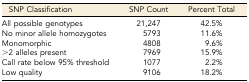
| SNP Classification | SNP Count | Percent Total |
 | --- | --- | --- |
 | All possible genotypes | 21,247 | 42.5% |
 | No minor allele homozygotes | 5793 | 11.6% |
 | Monomorphic | 4808 | 9.6% |
 | >2 alleles present | 7969 | 15.9% |
 | Call rate below 95% threshold | 1077 | 2.2% |
 | Low quality | 9106 | 18.2% |